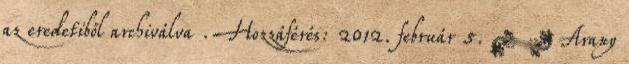
az eredetiből archiválva . Hozzáférés: 2012. február 5. ↑ Arany